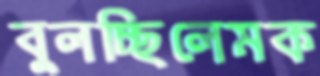
বুলচ্ছিলেমক